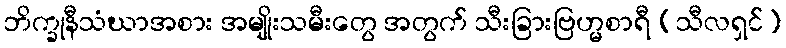
ဘိက္ခုနီသံဃာအစား အမျိုးသမီးတွေ အတွက် သီးခြားဗြဟ္မစာရီ (သီလရှင်)